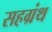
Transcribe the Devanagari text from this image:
सहग्रंथ